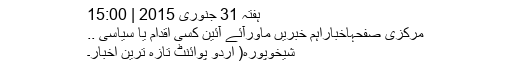
ہفتہ 31 جنوری 2015 | 15:00
مرکزی صفحہاخباراہم خبریں ماورآئے آئین کسی اقدام یا سیاسی ..
شیخوپورہ( اُردو پوائنٹ تازہ ترین اخبار۔